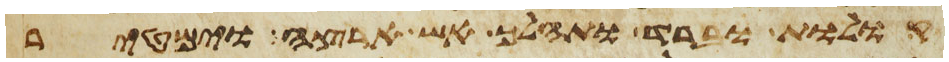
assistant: קולות וברד ותהלך אש ארצה וימטיר